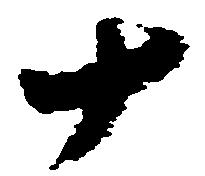
十